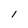
Character: I